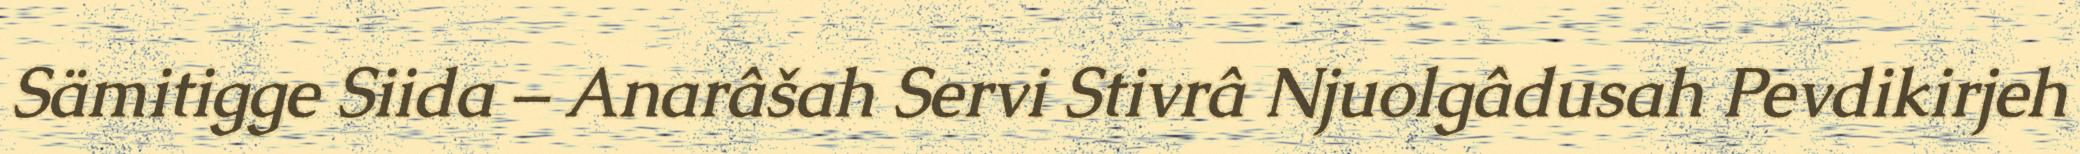
Sämitigge Siida – Anarâšah Servi Stivrâ Njuolgâdusah Pevdikirjeh